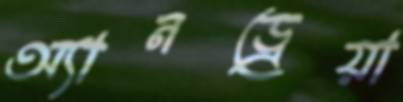
অ্যানড্রেয়া